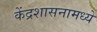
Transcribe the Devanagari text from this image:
केंद्रशासनामध्ये